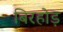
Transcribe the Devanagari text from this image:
बिरहोड़